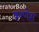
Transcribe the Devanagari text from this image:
करणेश